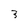
Character: 3